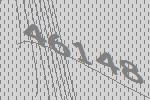
46148